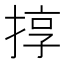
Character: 㨃